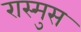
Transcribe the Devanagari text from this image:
रास्मुस